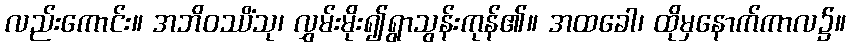
လည်းကောင်း။ အဘိဝဿိံသု၊ လွှမ်းမိုး၍ရွာသွန်းကုန်၏။ အထခေါ၊ ထိုမှနောက်ကာလ၌။